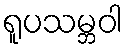
ရူပသမ္ဘဝါ